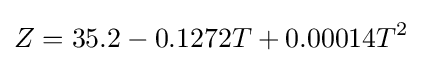
Z=35.2-0.1272T+0.00014T^{2}